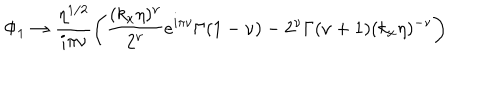
\Phi _ { 1 } \rightarrow \frac { \eta ^ { 1 / 2 } } { i \pi \nu } \left( \frac { ( k _ { x } \eta ) ^ { \nu } } { 2 ^ { \nu } } e ^ { i \pi \nu } \Gamma ( 1 - \nu ) - 2 ^ { \nu } \Gamma ( \nu + 1 ) ( k _ { x } \eta ) ^ { - \nu } \right)